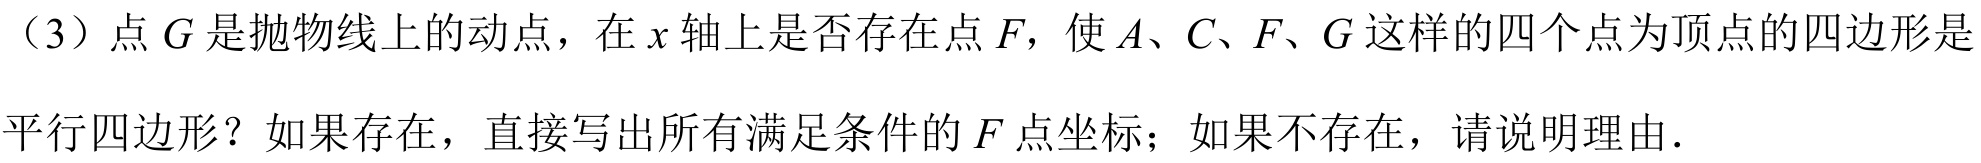
（3）点\(G\)是抛物线上的动点，在\(x\)轴上是否存在点\(F\)，使\(A\)、\(C\)、\(F\)、\(G\)这样的四个点为顶点的四边形是
平行四边形？如果存在，直接写出所有满足条件的\(F\)点坐标；如果不存在，请说明理由.